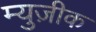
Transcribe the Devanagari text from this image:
म्युज़ीक